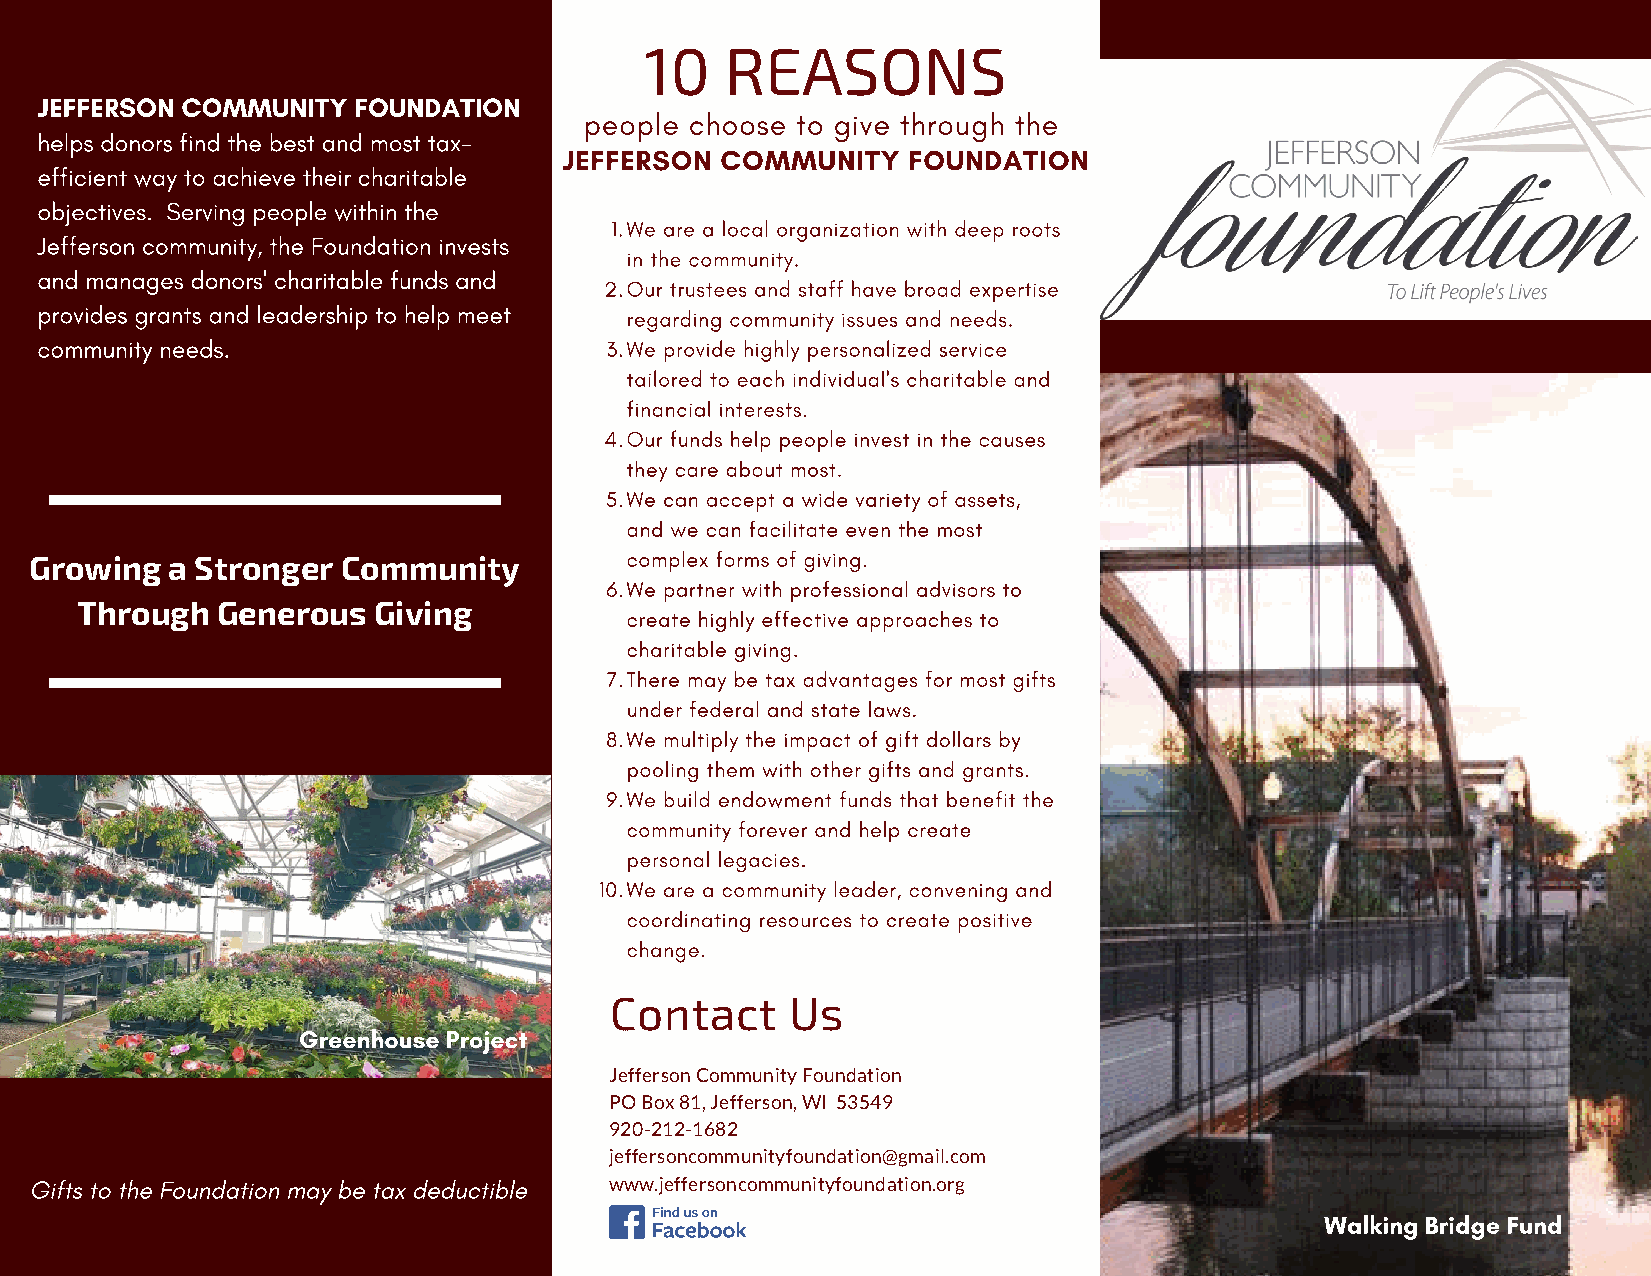
10   REASONS
 JEFFERSON COMMUNITY  FOUNDATION
 people choose to give through the
 helps donors find the best and most tax-
 JEFFERSON  COMMUNITY   FOUNDATION
 efficient way to achieve their charitable
 objectives. Serving people within the
 1.We are a local organization with deep roots
 Jefferson community, the Foundation invests
 in the community.
 and manages donors' charitable funds and
 2.Our trustees and staff have broad expertise
 provides grants and leadership to help meet
 regarding community issues and needs.
 community needs.                      3.We provide highly personalized service
 tailored to each individual's charitable and
 financial interests.
 4.Our funds help people invest in the causes
 they care about most.
 5.We can accept a wide variety of assets,
 and we can facilitate even the most
 complex forms of giving.
 Growing  a Stronger  Community
 6.We partner with professional advisors to
 Through  Generous   Giving
 create highly effective approaches to
 charitable giving.
 7.There may be tax advantages for most gifts
 under federal and state laws.
 8.We multiply the impact of gift dollars by
 pooling them with other gifts and grants.
 9.We build endowment funds that benefit the
 community forever and help create
 personal legacies.
 10.We are a community leader, convening and
 coordinating resources to create positive
 change.
 Contact     Us
 Greenhouse Project
 Jefferson Community Foundation
 PO Box 81, Jefferson, WI 53549
 920-212-1682
 jeffersoncommunityfoundation@gmail.com
 Gifts to the Foundation may be tax deductible www.jeffersoncommunityfoundation.org
 Walking Bridge Fund